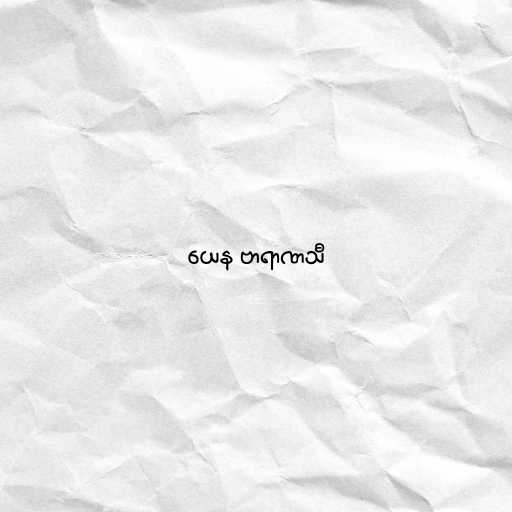
ယေန ဗာရာဏသီ